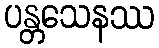
ပန္တသေနဿ